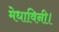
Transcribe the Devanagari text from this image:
मेधाविनी।